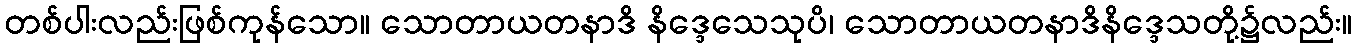
တစ်ပါးလည်းဖြစ်ကုန်သော။ သောတာယတနာဒိ နိဒ္ဒေသေသုပိ၊ သောတာယတနာဒိနိဒ္ဒေသတို့၌လည်း။